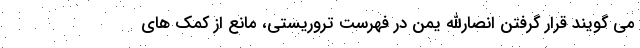
می گویند قرار گرفتن انصارالله یمن در فهرست تروریستی، مانع از کمک های